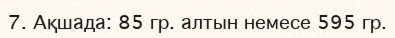
7. Ақшада: 85 гр. алтын немесе 595 гр.